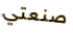
صنعتي